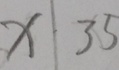
x \vert 3 5